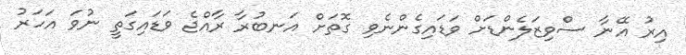
އިރު އޭނާ ސްވިޒަލެންޑަށް ވަޑައިގެންނެވި ގޮތަށް އަނބުރާ ރާއްޖެ ވަޑައިގަތީ ނުވަ އަހަރު